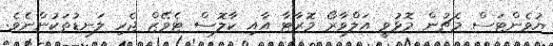
ޔުވެންޓަސް މެޗުން މޮޅުވީ އަލްވާރޯ މޮރާޓާ އާއި ކާލޮސް ޓެވޭޒް ޖެހި ލަނޑުތަކުންނެވެ.